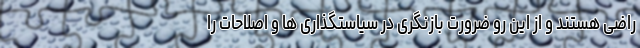
راضی هستند و از این رو ضرورت بازنگری در سیاستگذاری ها و اصلاحات را